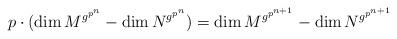
LaTeX: \begin{align*}p\cdot(\dim M^{g^{p^{n}}}-\dim N^{g^{p^{n}}})=\dim M^{g^{p^{n+1}}}-\dim N^{g^{p^{n+1}}}\end{align*}